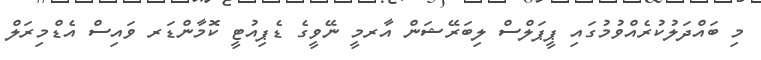
މި ބައްދަލުކުރެއްވުމުގައި ޕީޕަލްސް ލިބަރޭޝަން އާރމީ ނޭވީގެ ޑެޕިއުޓީ ކޮމާންޑަރ ވައިސް އެޑްމިރަލް